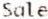
SALE